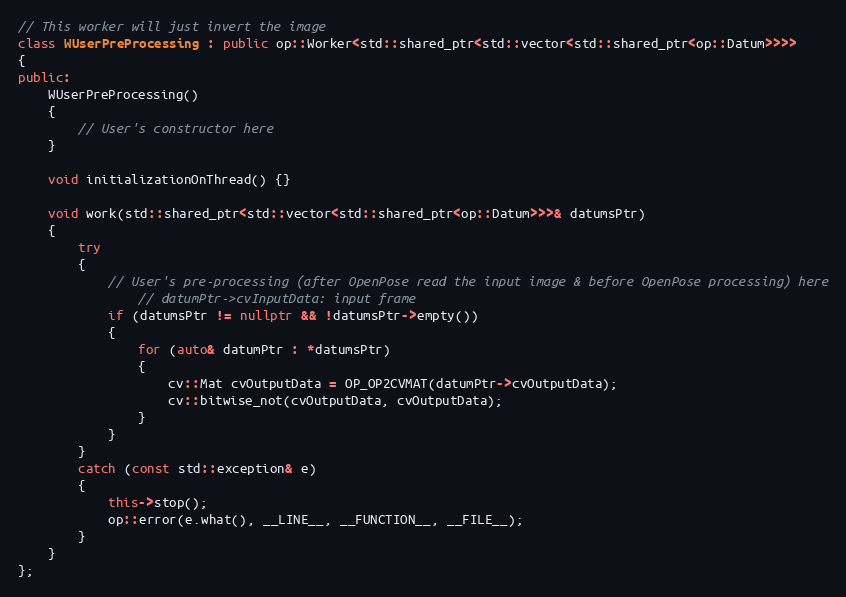
Language: C++
// This worker will just invert the image
class WUserPreProcessing : public op::Worker<std::shared_ptr<std::vector<std::shared_ptr<op::Datum>>>>
{
public:
    WUserPreProcessing()
    {
        // User's constructor here
    }

    void initializationOnThread() {}

    void work(std::shared_ptr<std::vector<std::shared_ptr<op::Datum>>>& datumsPtr)
    {
        try
        {
            // User's pre-processing (after OpenPose read the input image & before OpenPose processing) here
                // datumPtr->cvInputData: input frame
            if (datumsPtr != nullptr && !datumsPtr->empty())
            {
                for (auto& datumPtr : *datumsPtr)
                {
                    cv::Mat cvOutputData = OP_OP2CVMAT(datumPtr->cvOutputData);
                    cv::bitwise_not(cvOutputData, cvOutputData);
                }
            }
        }
        catch (const std::exception& e)
        {
            this->stop();
            op::error(e.what(), __LINE__, __FUNCTION__, __FILE__);
        }
    }
};